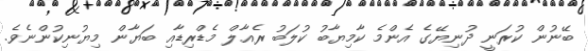
ބޭނުން ކުރަނީ ދުނިޔޭގެ އެންމެ ކާމިޔާބު ކުލަބު ރެއާލް މެޑްރިޑާއި ބަޔާން މިޔުނިކުންނެވެ.